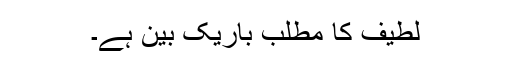
لطیف کا مطلب باریک بین ہے۔